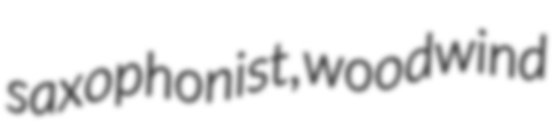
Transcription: saxophonist, woodwind